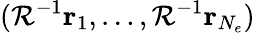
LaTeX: (\mathcal{R}^{-1}{\mathbf{{r}}}_{1},\ldots,\mathcal{R}^{-1}{\mathbf{{r}}}_{N_{e}})